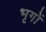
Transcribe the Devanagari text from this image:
भृगों